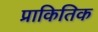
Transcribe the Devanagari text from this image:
प्राकितिक